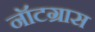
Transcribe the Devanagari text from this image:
नॉटग्रास